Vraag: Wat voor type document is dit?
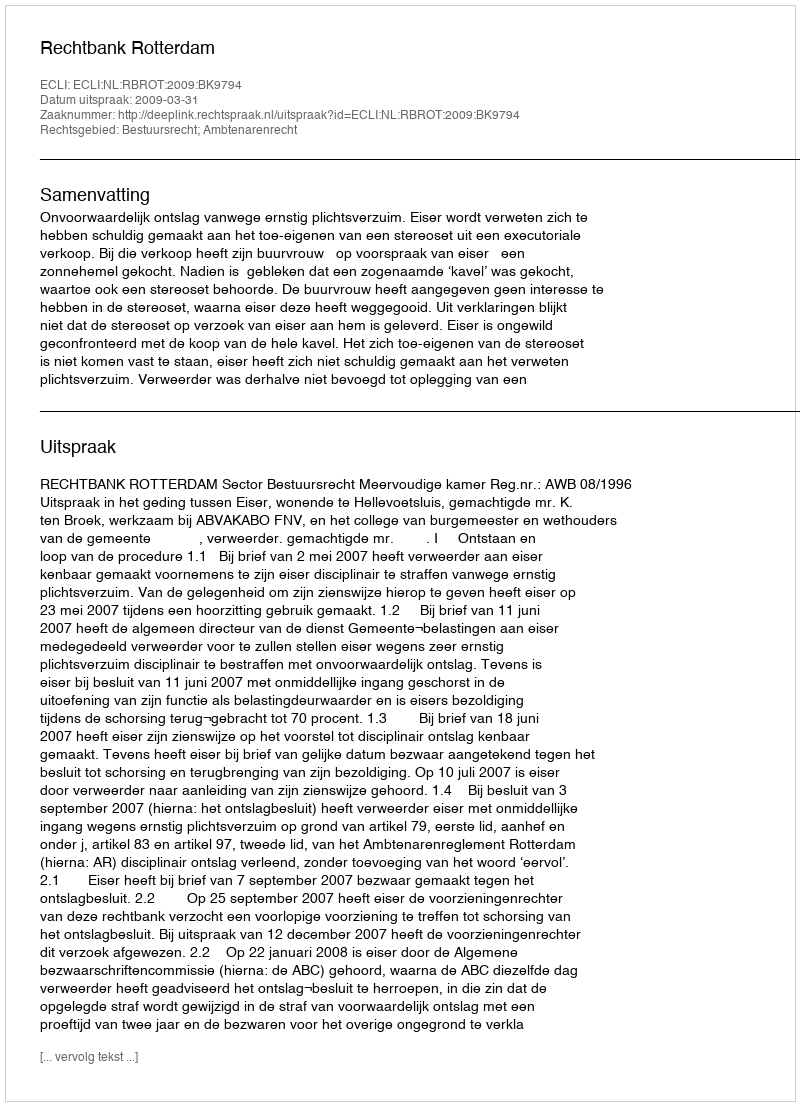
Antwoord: Uitspraak